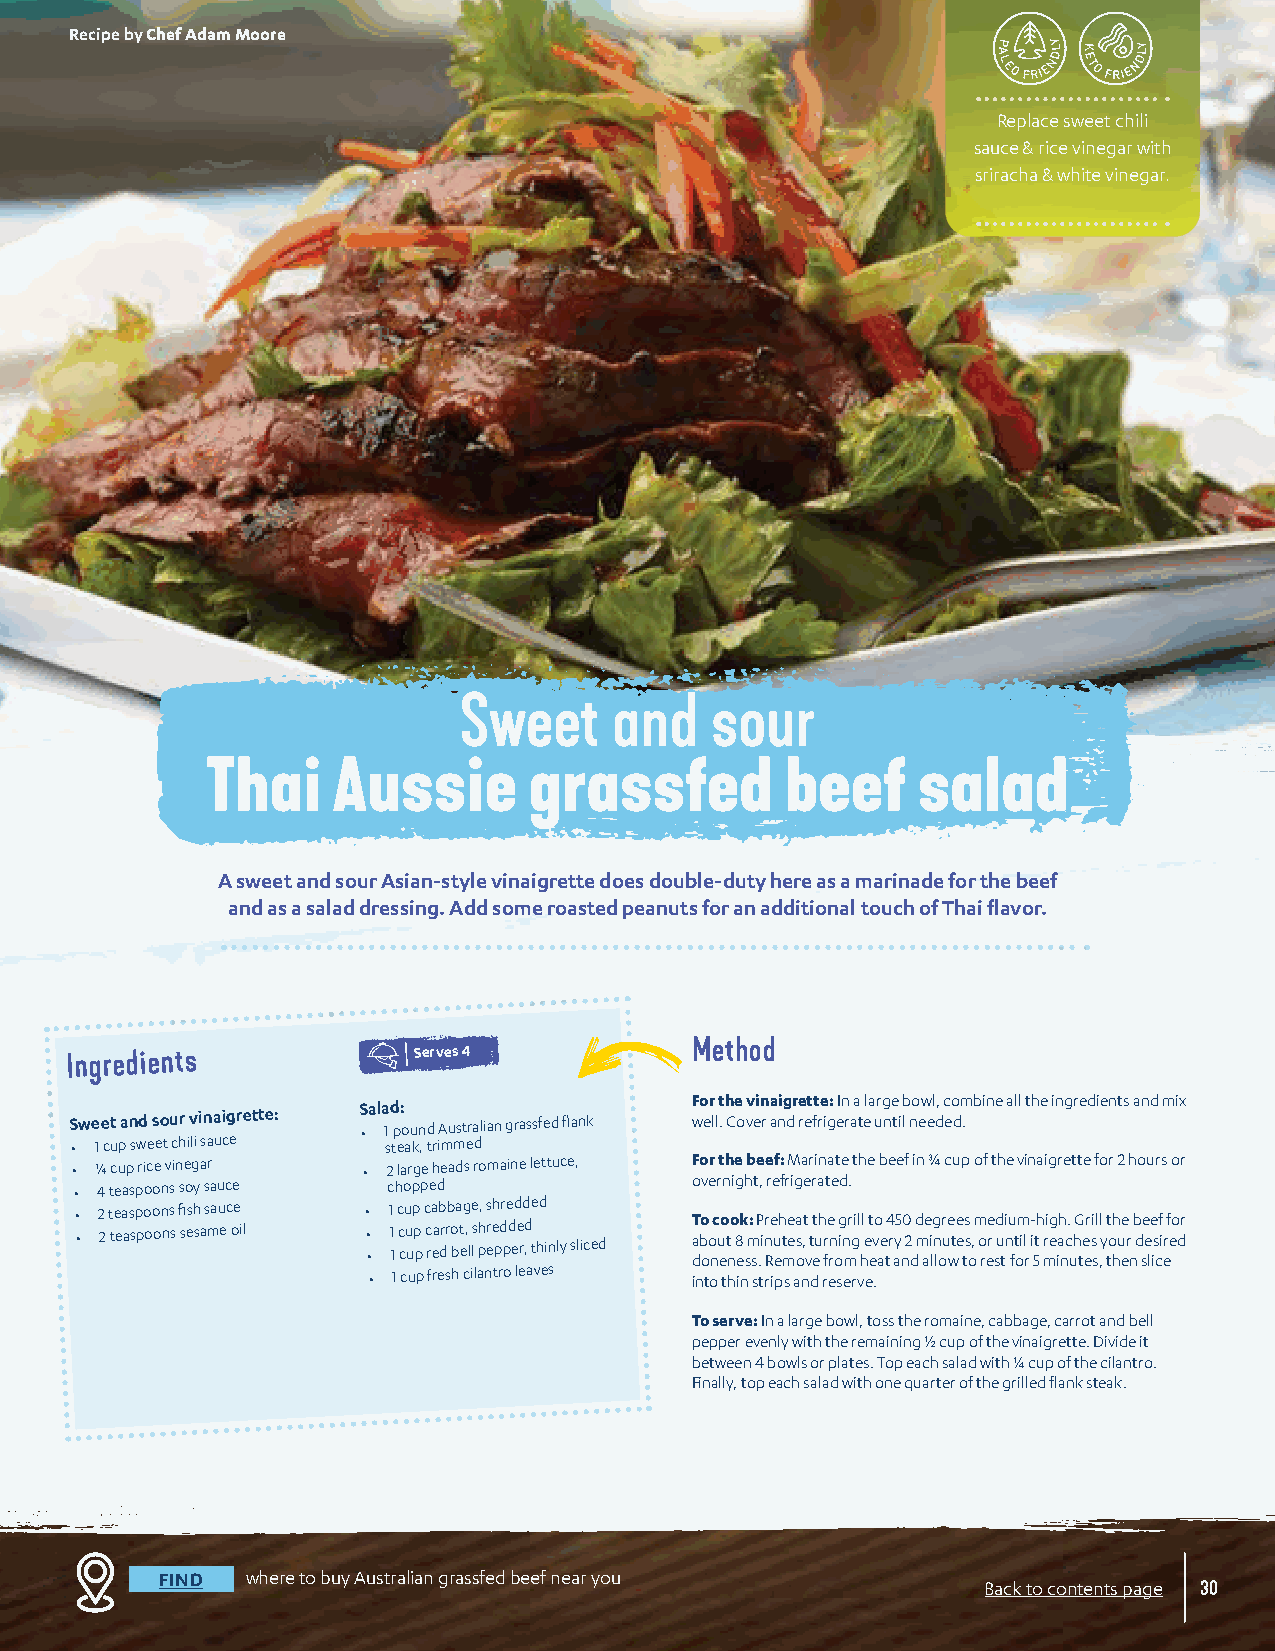
Recipe by Chef Adam Moore
 Replace sweet chili
 sauce & rice vinegar with
 sriracha & white vinegar.
 Sweet      and   sour
 Thai    Aussie       grassfed         beef     salad
 A sweet and sour Asian-style vinaigrette does double-duty here as a marinade for the beef
 and as a salad dressing. Add some roasted peanuts for an additional touch of Thai flavor.
 Ingredients            Serves 4           Method
 Sweet and sour vinaigrette: S • ala 1 d p: o und Australian grassfed flank F wo er ll .t h Ce o vv ein r a anig dr e ret ft re ig: eIn r aa t ela urg ne ti b l no ew el d, c eo dm . bine all the ingredients and mix
 • 1 cup sweet chili sauce steak, trimmed
 • ¼ cup rice vinegar • 2 large heads romaine lettuce, For the beef: Marinate the beef in ¾ cup of the vinaigrette for 2 hours or
 • 4 teaspoons soy sauce chopped          overnight, refrigerated.
 • • 2 2 t te ea as sp po oo on ns s fi sesh sa s mau ec oe il • • • 1 1 1 c c cu u up p p c c ra eab drrb o ba t eg , l e ls ph, s ereh pdr pe d ed e rd ,d e thd inly sliced T a dbo oo nc u eo t no 8 ek sm: s P .i nr Re u eh t mee s oa ,t v t et uh r fe rn o ig n mr gi l hl e t evo ae t4 r y a5 n0 2 d d m ae i lg n lor ue wte e ts s o ,m o ree r sd u ti n u fotm i rl - i 5th mri eg iah nc. u hG te er si sl ,l y tt o hh u ee r n b d se e le is cf ir e f eo dr
 • 1 cup fresh cilantro leaves into thin strips and reserve.
 To serve: In a large bowl, toss the romaine, cabbage, carrot and bell
 pepper evenly with the remaining ½ cup of the vinaigrette. Divide it
 between 4 bowls or plates. Top each salad with ¼ cup of the cilantro.
 Finally, top each salad with one quarter of the grilled flank steak.
 FIND where to buy Australian grassfed beef near you
 Back to contents page 30